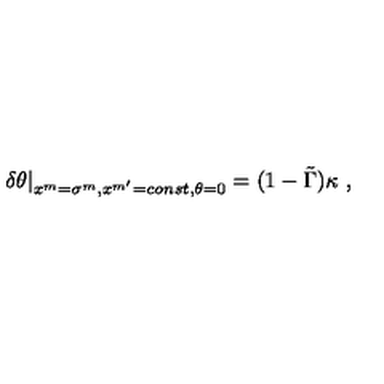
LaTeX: \delta \theta | _ { x ^ { m } = \sigma ^ { m } , x ^ { m ^ { \prime } } = c o n s t , \theta = 0 } = ( 1 - \tilde { \Gamma } ) \kappa \ ,